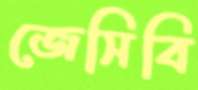
জেসিবি